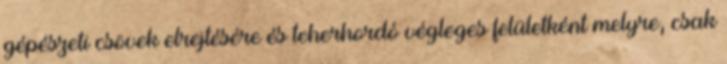
gépészeti csövek elrejtésére és teherhordó végleges felületként melyre, csak